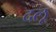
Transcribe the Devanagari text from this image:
दलू